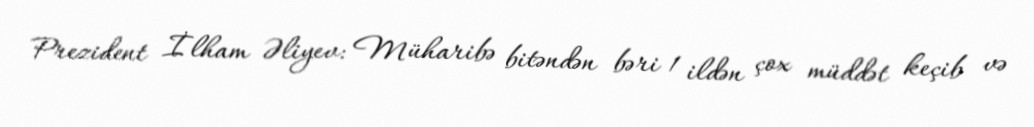
Prezident İlham Əliyev: Müharibə bitəndən bəri 1 ildən çox müddət keçib və